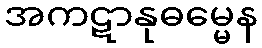
အကဋာနုဓမ္မေန